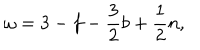
\omega = 3 - f - \frac { 3 } { 2 } b + \frac { 1 } { 2 } n ,